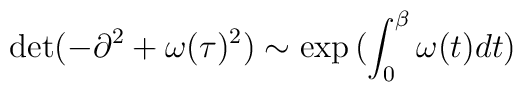
\det(-\partial^2+\omega(\tau)^2) \sim \exp{( \int_{0}^{\beta} \omega(t) dt)}